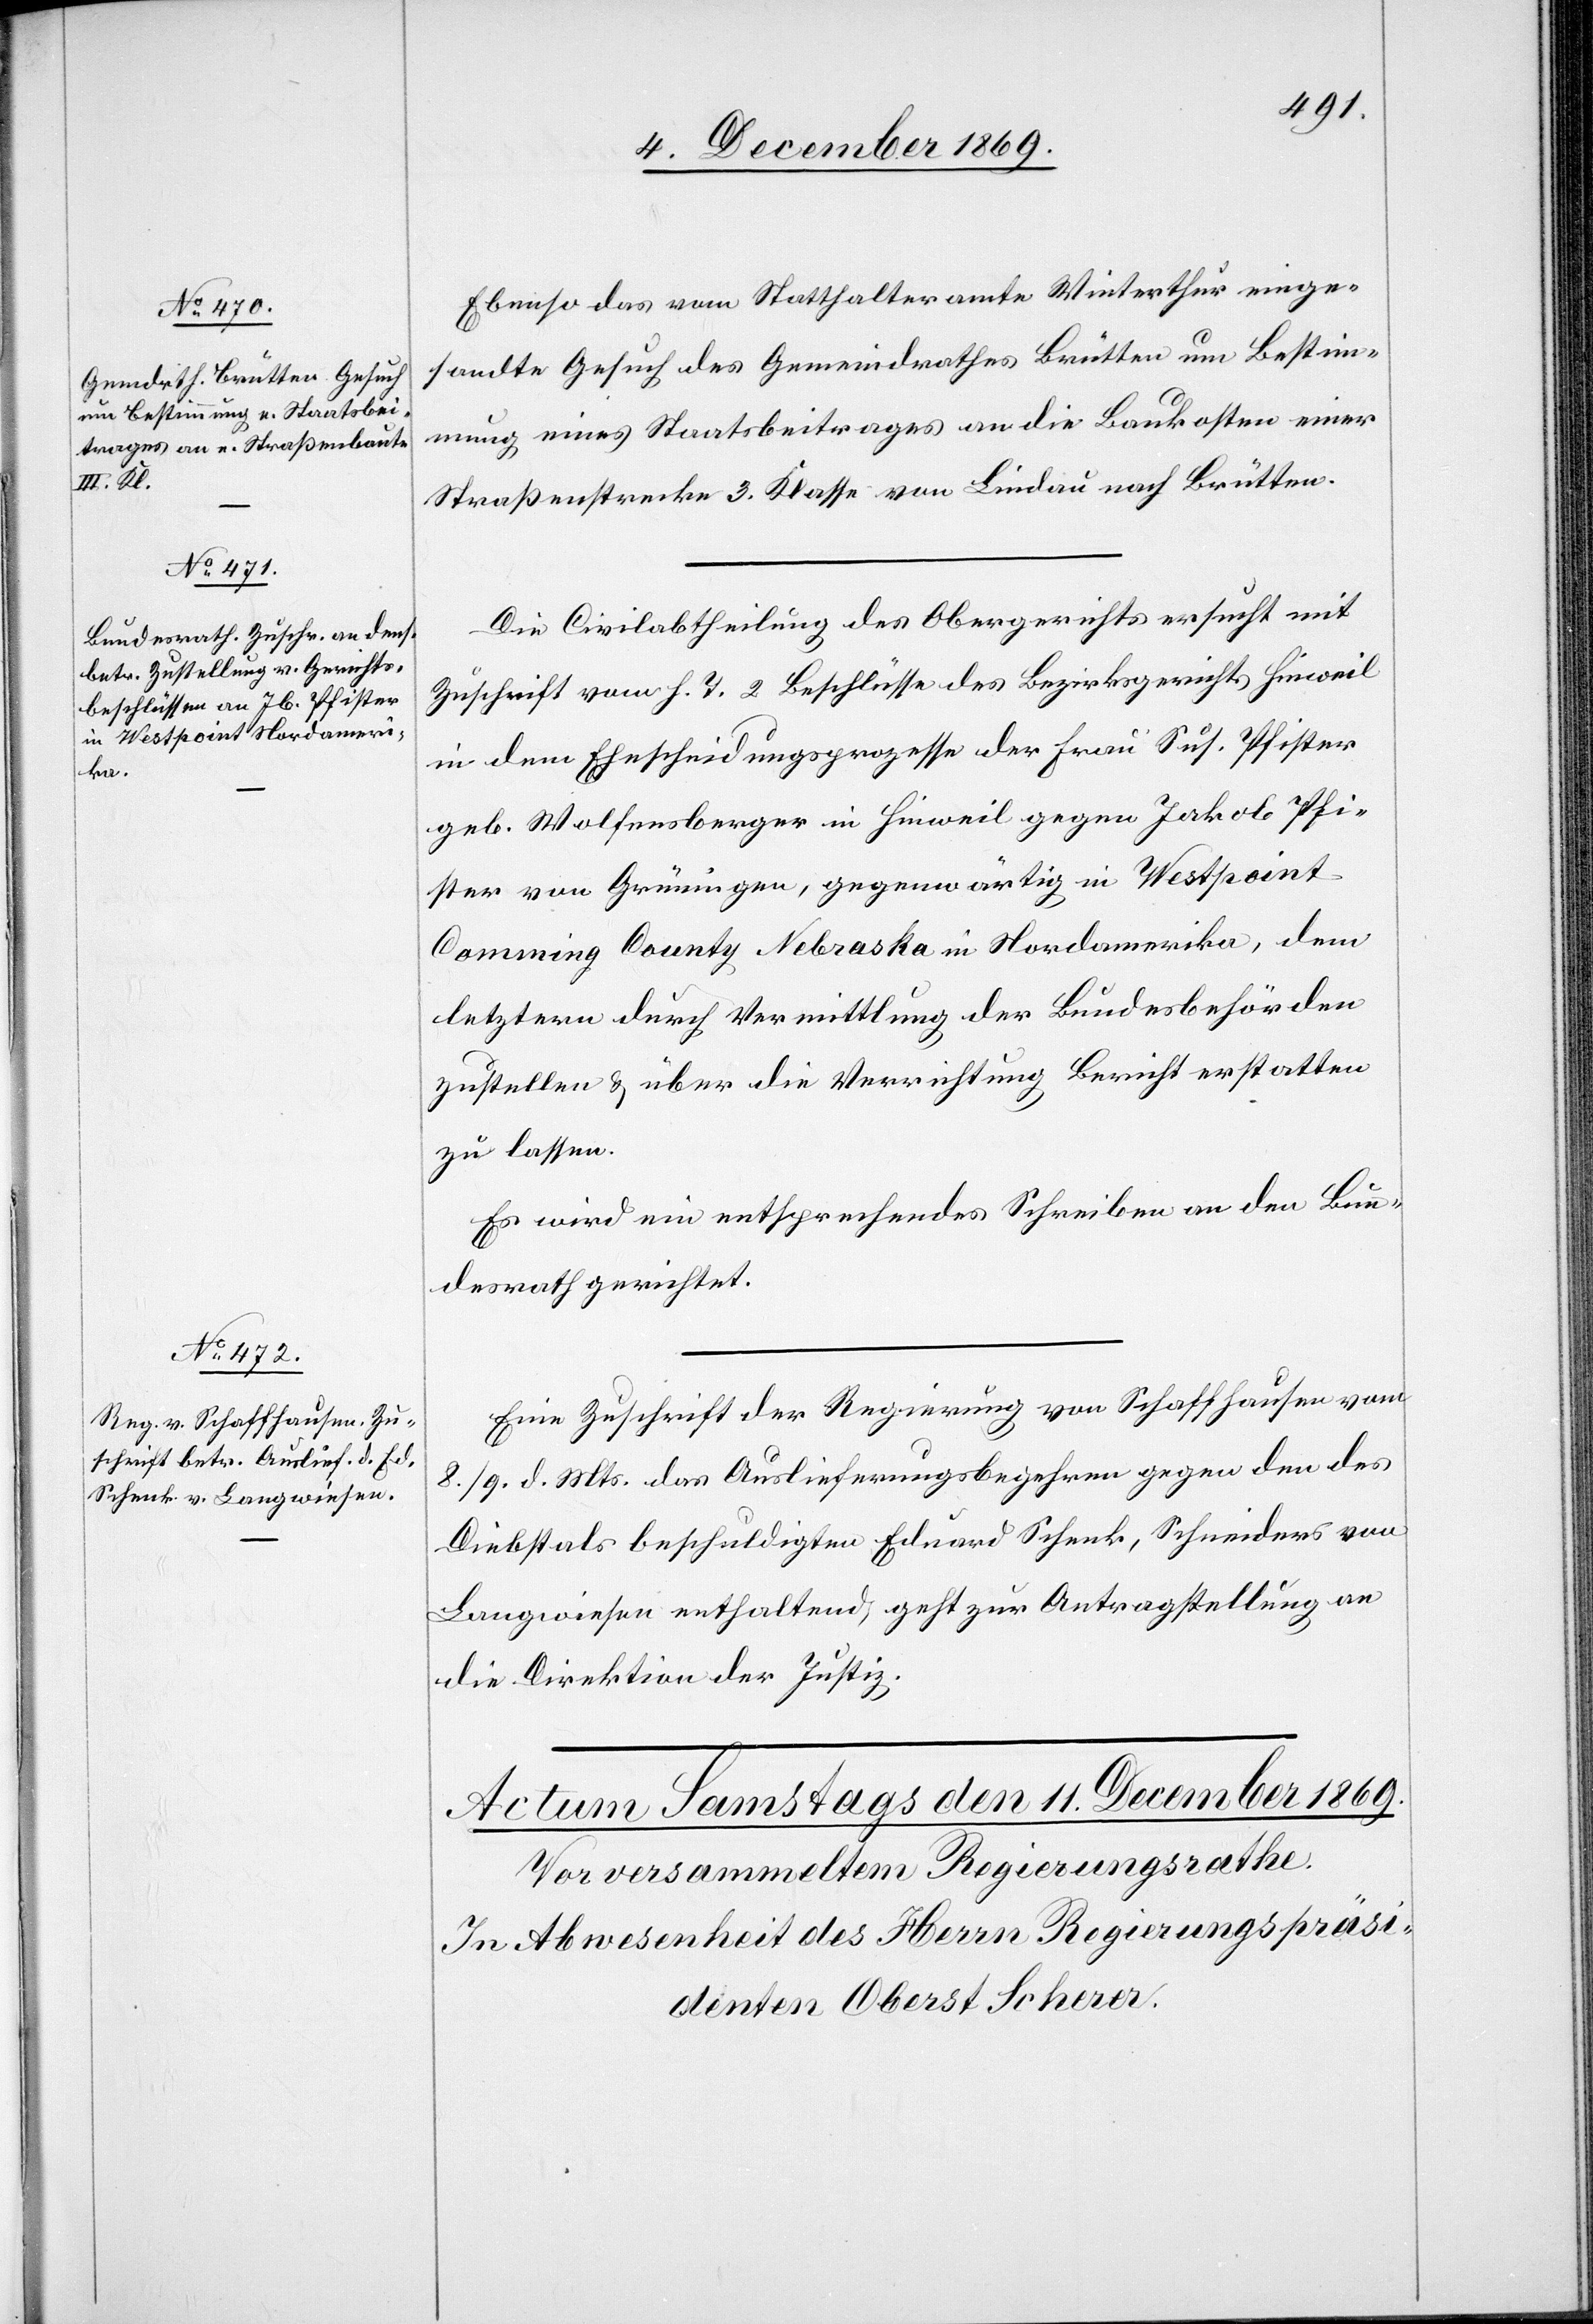
10. December 1869.]
Ebenso das vom Statthalteramte Winterthur einge¬
sandte Gesuch des Gemeindrathes Brütten um Bestim¬
mung eines Staatsbeitrages an die Baukosten einer
Straßenstrecke 3. Klasse von Lindau nach Brütten.
Die Civilabtheilung des Obergerichts ersucht mit
Zuschrift vom h. T. 2 Beschlüsse des Bezirksgerichts Hinweil
in dem Ehescheidungsprozesse der Frau Sus. Pfister
geb. Wolfensberger in Hinweil gegen Jakob Pfi¬
ster von Grüningen, gegenwärtig in Westpoint
Comming County Nebraska in Nordamerika, dem
letztern durch Vermittlung der Bundesbehörden
zustellen & über die Verrichtung Bericht erstatten
zu lassen.
Es wird ein entsprechendes Schreiben an den Bun¬
desrath gerichtet.
Eine Zuschrift der Regierung von Schaffhausen vom
8./9. d. Mts. das Auslieferungsbegehren gegen den des
Diebstals beschuldigten Eduard Schenk, Schneiders von
Langwiesen enthaltend, geht zur Antragstellung an
die Direktion der Justiz.